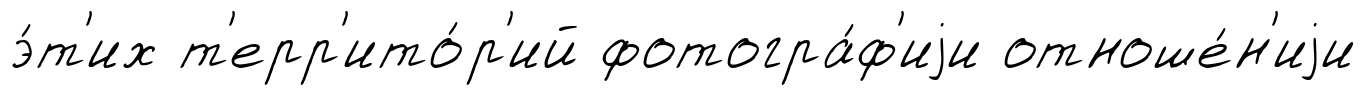
э́т'их т'ерр'ито́р'ий фотогра́ф'иjи отноше́н'иjи